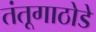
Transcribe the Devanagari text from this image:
तंतूगाठोडे